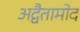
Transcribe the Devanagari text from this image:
अद्वैतामोद